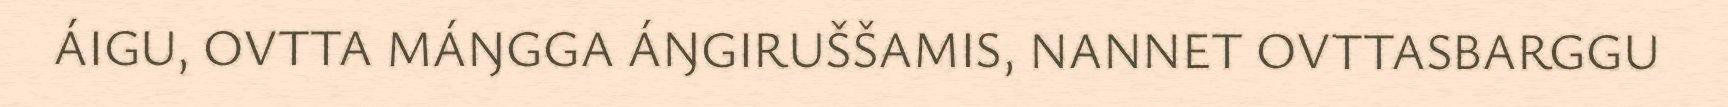
ÁIGU, OVTTA MÁŊGGA ÁŊGIRUŠŠAMIS, NANNET OVTTASBARGGU